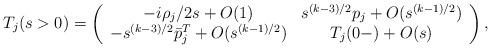
LaTeX: \begin{align*}T_j (s>0)=\left(\begin{array}{cc} -i\rho_j/2s+O(1) & s^{(k-3)/2}p_j+O(s^{(k-1)/2})\\ -s^{(k-3)/2}\bar{p}_j^T+O(s^{(k-1)/2}) & T_j(0-)+O(s) \end{array}\right) ,\end{align*}